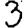
Digit: 3